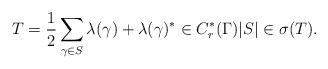
LaTeX: \begin{align*}T = \frac{1}{2}\sum_{\gamma \in S} \lambda(\gamma) + \lambda(\gamma)^* \in C^*_r(\Gamma) |S| \in \sigma(T). \end{align*}